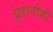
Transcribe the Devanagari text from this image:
बुढाथोकी